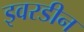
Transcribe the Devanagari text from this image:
इवरडीन